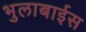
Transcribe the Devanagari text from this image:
भुलाबाईस